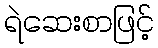
ရဲဆေးစာဖြင့်